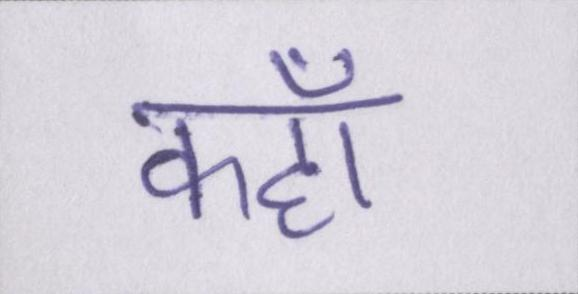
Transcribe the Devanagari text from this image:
कहॉं